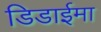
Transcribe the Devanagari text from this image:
डिडाईमा